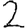
Digit: 2